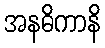
အနဓိကာနိ